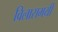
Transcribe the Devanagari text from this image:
विलासमयी